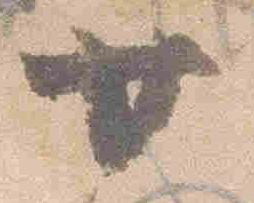
廿